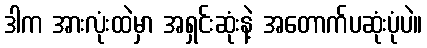
ဒါက အားလုံးထဲမှာ အရှင်းဆုံးနဲ့ အတောက်ပဆုံးပုံပဲ။